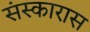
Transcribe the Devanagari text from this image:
संस्कारास